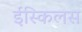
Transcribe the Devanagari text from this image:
ईस्किलस